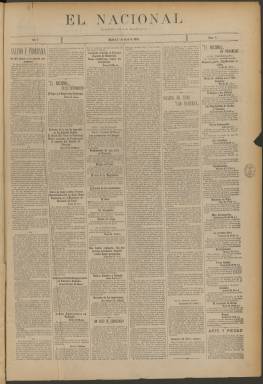
Título: El Nacional (Madrid. 1894)
Colección: Periódicos
Ámbito geográfico: Madrid
Lugar de publicación: Madrid
Fechas: 01/04/1894-27/12/1934

Debido a su mal estado de conservación no ha sido posible digitalizar, por el momento, los meses de julio a diciembre de 1895.